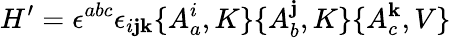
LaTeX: H^{\prime}=\epsilon^{abc}\epsilon_{i\mathbf{j}\mathbf{k}}\{ A_{a}^{i},K\} \{ A_{b}^{\mathbf{j}},K\} \{ A_{c}^{\mathbf{k}},V\}